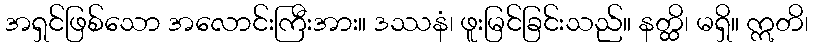
အရှင်ဖြစ်သော အလောင်းကြီးအား။ ဒဿနံ၊ ဖူးမြင်ခြင်းသည်။ နတ္ထိ၊ မရှိ။ ဣတိ၊